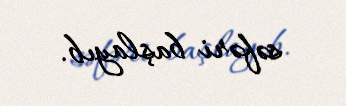
səfəri başlayıb.